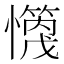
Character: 𪬻